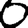
Digit: 0